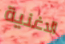
الاغنية